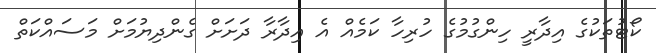
ކޯޓުތަކުގެ އިދާރީ ހިންގުމުގެ ހުރިހާ ކަމެއް އެ އިދާރާ ދަށަށް ގެންދިޔުމަށް މަސައްކަތް